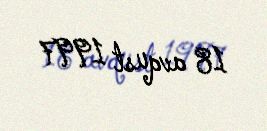
18 avqust 1997